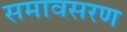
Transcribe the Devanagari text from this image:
समावसरण